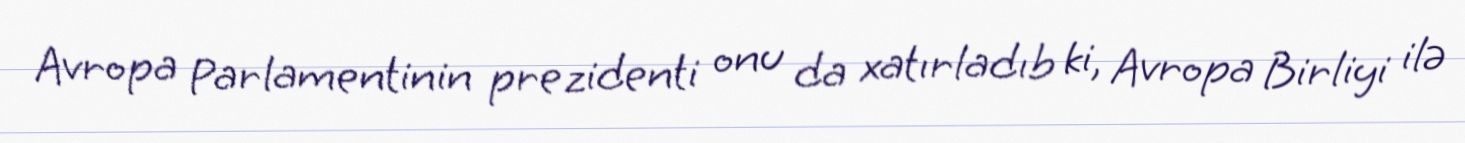
Avropa Parlamentinin prezidenti onu da xatırladıb ki, Avropa Birliyi ilə